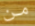
من